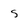
Character: 5